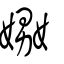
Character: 嫐